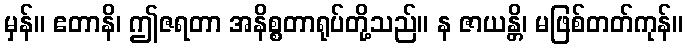
မှန်။ ဧတာနိ၊ ဤဇရတာ အနိစ္စတာရုပ်တို့သည်။ န ဇာယန္တိ၊ မဖြစ်တတ်ကုန်။